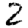
Digit: 2